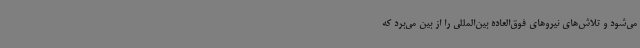
می‌شود و تلاش‌های نیروهای فوق‌العاده بین‌المللی را از بین می‌برد که